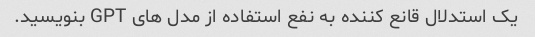
یک استدلال قانع کننده به نفع استفاده از مدل های GPT بنویسید.